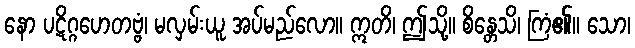
နော ပဋိဂ္ဂဟေတဗ္ဗံ၊ မလှမ်းယူ အပ်မည်လော။ ဣတိ၊ ဤသို့။ စိန္တေသိ၊ ကြံ၏။ သော၊